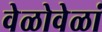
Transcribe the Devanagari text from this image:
वेळोवेळां